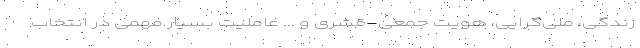
زندگی، ملی‌گرایی، هویت جمعی-قشری و ... عاملیت بسیار مهمی در انتخاب